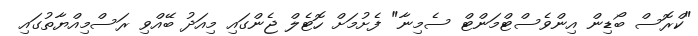
"ކްރޮސް ބޯޑިން އިންވެސްޓްމަންޓް ސެމިނާ" ފެށުމަށް ހޮޓެލް ޖެންގައި މިއަދު ބޭއްވި ރަސްމިއްޔާތުގައި